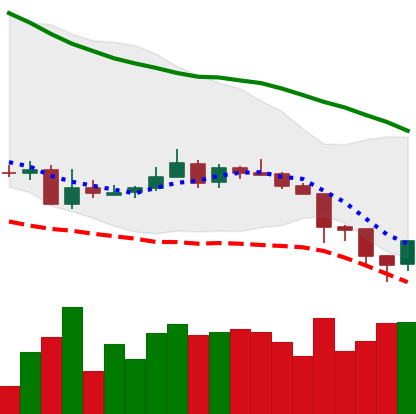
Ticker: XMR-USD
Chart end date: 2018-06-14
Forward return: -5.055%
Label: down_5_7